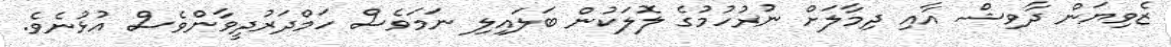
ޒެވިޔަން ދާވިޝް އާއި ދިމާލަށް ނުރުހުމުގެ ލޮލަކުން ބަލައިލި ނަމަވެސް ހަމްދަރުދީވާންވެސް އުޅުނެވެ.